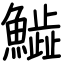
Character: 𩻩